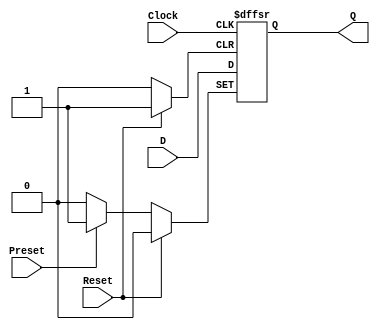
`timescale 1ns/1ps
module D_Flip_Flop( Clock,
                    D,
                    Preset,
                    Reset,
                    Q);

   parameter ActiveLevel = 1;

   input  Clock;
   input  D;
   input  Preset;
   input  Reset;
   output Q;
    

   reg s_next_state;
   

   always@(posedge Clock or posedge Reset or posedge Preset) begin
        if(Reset) 
            s_next_state=0;
        else if(Preset) 
            s_next_state=1;
        else s_next_state=D;
   end
   
   assign Q=s_next_state;
   


endmodule